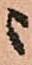
ニ